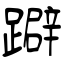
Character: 躃